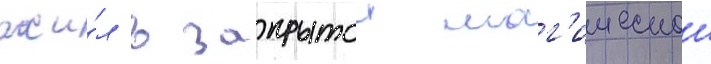
жи́л в закрытои маг'ическои